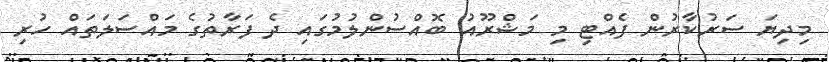
މިދިޔަ ސަރުކާރުން ފެއްޓި މި މަޝްރޫއު ބޮއްސުންލުމުގައި ދެ ފަރާތުގެ މައްސަލަތައް ހުރި